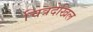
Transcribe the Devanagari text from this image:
चित्रदेखिल